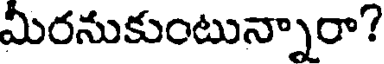
మీరనుకుంటున్నారా?